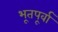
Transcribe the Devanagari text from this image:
भूतपूर्वा